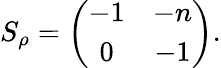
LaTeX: S_{\rho}=\left(\begin{array}{cc}{{-1}}&{{-n}}\\ {{0}}&{{-1}}\end{array}\right).